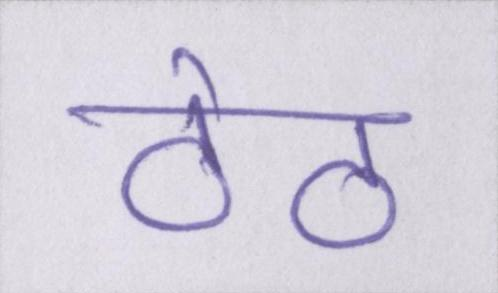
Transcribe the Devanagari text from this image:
ठेठ